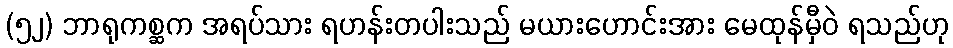
(၅၂) ဘာရုကစ္ဆက အရပ်သား ရဟန်းတပါးသည် မယားဟောင်းအား မေထုန်မှီဝဲ ရသည်ဟု